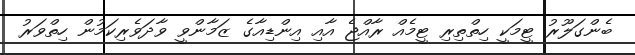
ބެންގަލޫރު ޓީމަކީ ހިތްތިރި ޓީމެއް ރާއްޖެ އާއި އިންޑިއާގެ ޒަމާންވީ ވާދަވެރިކަމުން ހިތްވަރު